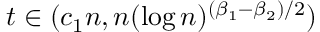
t \in ( c _ { 1 } n , n ( \log n ) ^ { ( \beta _ { 1 } - \beta _ { 2 } ) / 2 } )